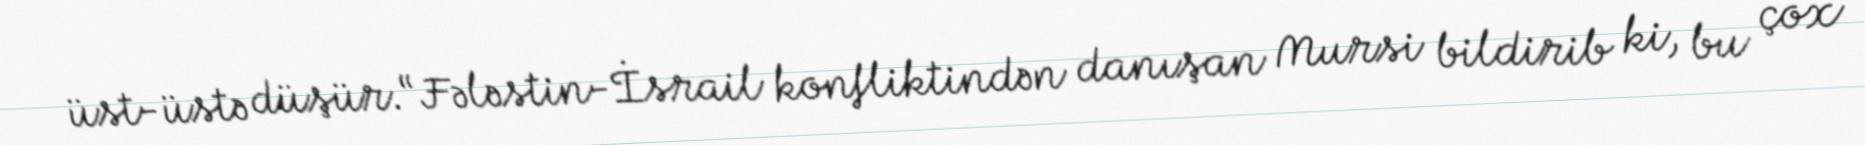
üst-üstə düşür.“Fələstin-İsrail konfliktindən danışan Mursi bildirib ki, bu çox